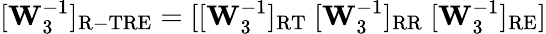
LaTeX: [\mathbf{W}_{3}^{-1}]_{\mathrm{R-TRE}}=[[\mathbf{W}_{3}^{-1}]_{\mathrm{RT}}\ [\mathbf{W}_{3}^{-1}]_{\mathrm{RR}}\ [\mathbf{W}_{3}^{-1}]_{\mathrm{RE}}]